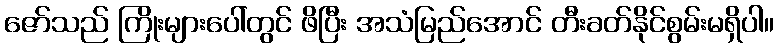
ဇော်သည် ကြိုးများပေါ်တွင် ဖိပြီး အသံမြည်အောင် တီးခတ်နိုင်စွမ်းမရှိပါ။